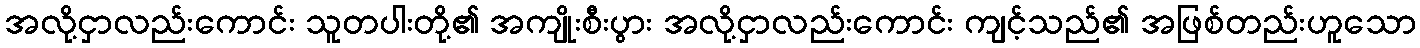
အလို့ငှာလည်းကောင်း သူတပါးတို့၏ အကျိုးစီးပွား အလို့ငှာလည်းကောင်း ကျင့်သည်၏ အဖြစ်တည်းဟူသော